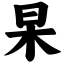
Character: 杲